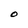
Character: O